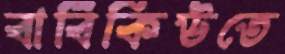
বার্বিকিউতে